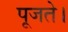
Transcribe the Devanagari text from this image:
पूजते।